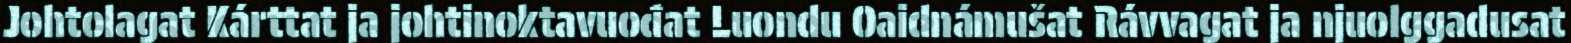
Johtolagat Kárttat ja johtinoktavuođat Luondu Oaidnámušat Rávvagat ja njuolggadusat